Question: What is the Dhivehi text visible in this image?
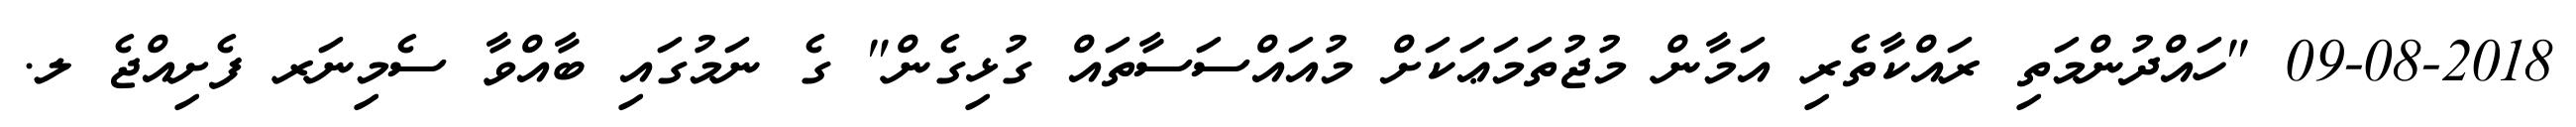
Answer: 09-08-2018 "ހައްދުންމަތި ރައްކާތެރި އަމާން މުޖުތަމަޢަކަށް މުއައްސަސާތައް ގުޅިގެން" ގެ ނަމުގައި ބާއްވާ ސެމިނަރ ފެށިއްޖެ ލ.